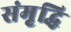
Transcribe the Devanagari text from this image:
संमृृद्धि